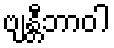
ဗျန္တီဘာဝါ